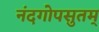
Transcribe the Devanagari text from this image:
नंदगोपसुतम्